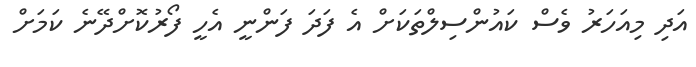
އަދި މިއަހަރު ވެސް ކައުންސިލްތަކަށް އެ ފަދަ ފަންނީ އެހީ ފޯރުކޮށްދޭނެ ކަމަށް